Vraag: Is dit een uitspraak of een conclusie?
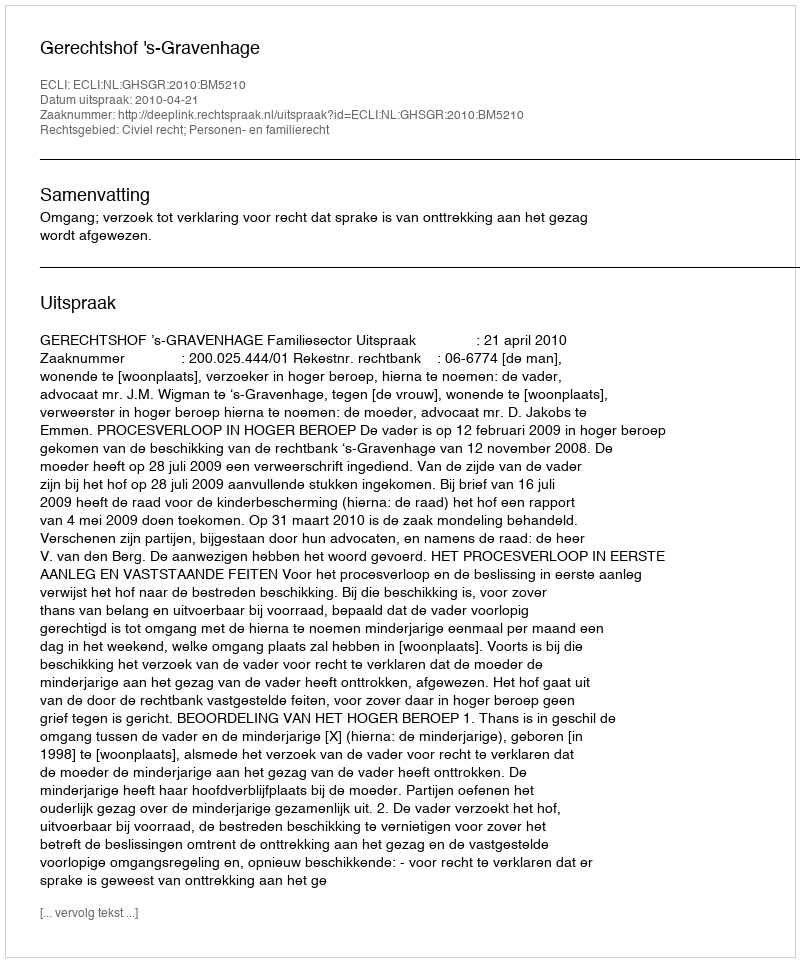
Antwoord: Uitspraak